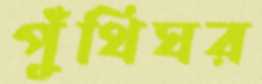
পুঁথিঘর